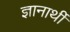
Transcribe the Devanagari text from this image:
ज्ञानार्थी